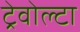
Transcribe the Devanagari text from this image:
ट्रेवोल्टा